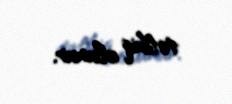
tətbiq olunur.